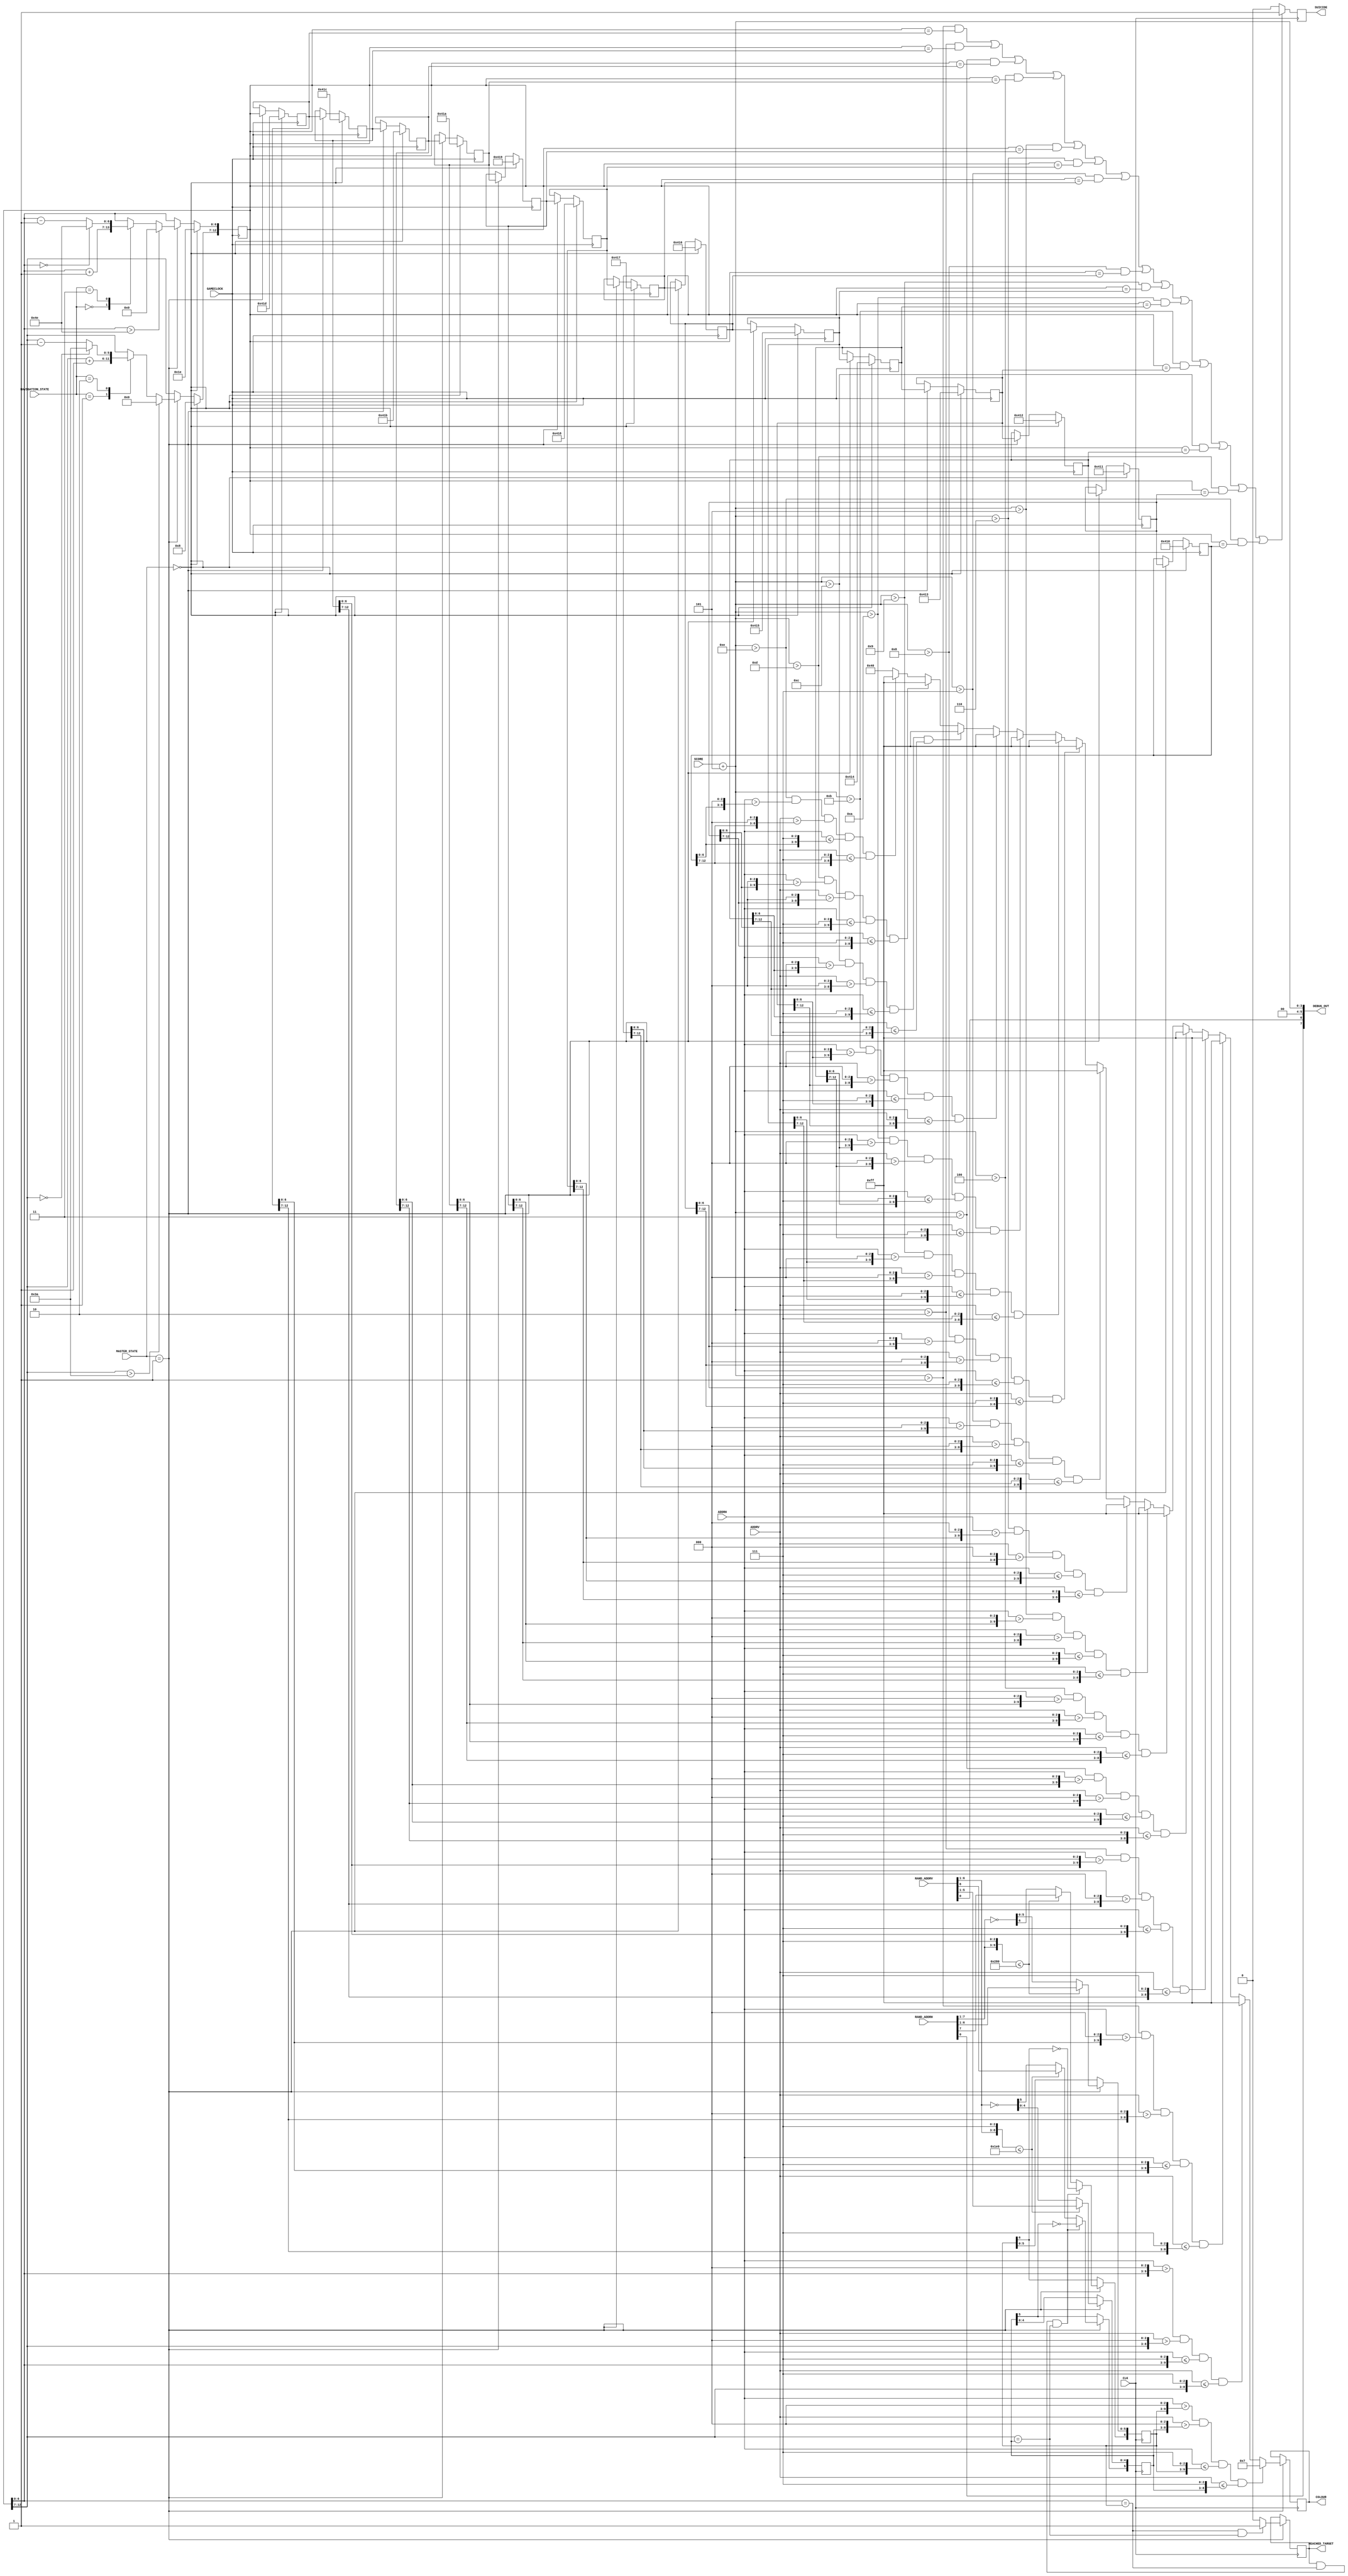
`timescale 1ns / 1ps
//////////////////////////////////////////////////////////////////////////////////
// Company: 
// Engineer: 
// 
// Design Name: 
// Module Name:    SnakeControl 
// Project Name: 
// Target Devices: 
// Tool versions: 
// Description: 
//
// Dependencies: 
//
// Revision: 
// Revision 0.01 - File Created
// Additional Comments: 
//
//////////////////////////////////////////////////////////////////////////////////
module SnakeControl(
	 input CLK,
	 input GAMECLOCK,
    input [9:0] ADDRH,
    input [8:0] ADDRV,
	 output reg [7:0] COLOUR,
	 output reg REACHED_TARGET,
	 input [1:0] MASTER_STATE,
	 input [1:0] NAVIGATION_STATE,
	 input [7:0] RAND_ADDRH,
	 input [6:0] RAND_ADDRV,
	 input [3:0] SCORE,
	 // this is true when the snake hits itself
	 output reg SUICIDE,
	 output [7:0] DEBUG_OUT
    );
	 
	 
	 // initial position in horizontal and vertical
	 // first 7 bits Horizontal, then 6 bits Vertical
	 
	 reg [6:0] ApplePositionH;
	 reg [5:0] ApplePositionV;
	 
	 reg [12:0] SnakePosition14 = {7'b0010000, 6'b010000};
	 reg [12:0] SnakePosition13 = {7'b0010000, 6'b010001};
	 reg [12:0] SnakePosition12 = {7'b0010000, 6'b010010};
	 reg [12:0] SnakePosition11 = {7'b0010000, 6'b010011};
	 reg [12:0] SnakePosition10 = {7'b0010000, 6'b010100};
	 reg [12:0] SnakePosition9 = {7'b0010000, 6'b010101};
	 reg [12:0] SnakePosition8 = {7'b0010000, 6'b010110};
	 reg [12:0] SnakePosition7 = {7'b0010000, 6'b010111};
	 reg [12:0] SnakePosition6 = {7'b0010000, 6'b011000};
	 reg [12:0] SnakePosition5 = {7'b0010000, 6'b011001};
	 reg [12:0] SnakePosition4 = {7'b0010000, 6'b011010};
	 reg [12:0] SnakePosition3 = {7'b0010000, 6'b011011};
	 reg [12:0] SnakePosition2 = {7'b0010000, 6'b011100};
	 reg [12:0] SnakePosition1 = {7'b0010000, 6'b011101};
	 reg [12:0] SnakePosition = {7'b0010000, 6'b011110};

	 wire [3:0] SNAKE_LEN;
	 assign SNAKE_LEN = SCORE +3'd5;
	  
	 assign DEBUG_OUT = {RAND_ADDRH[0], RAND_ADDRV[0], 2'b00, SNAKE_LEN};	
		
	 always@(posedge CLK) begin
	 if (MASTER_STATE == 1) begin
		//check if the apple would be outside the screen 
		if({RAND_ADDRH[7:1], 3'b111} <= 640)
			ApplePositionH <= RAND_ADDRH[7:1];
		else 
			ApplePositionH <= ~RAND_ADDRH[7:1];
		if({RAND_ADDRV[6:1], 3'b111} <= 480)
			ApplePositionV <= RAND_ADDRV[6:1];
		else 
			ApplePositionV <= ~RAND_ADDRV[6:1];
		// change the apples position if it would be on the head of the snake
		// but we just collected an apple on just this position:
		// change just a bit that causes the apple to go far away form the snake
		if(REACHED_TARGET && 
			SnakePosition[6:0] == ApplePositionH && 
			SnakePosition[12:7] == ApplePositionV) begin
				ApplePositionH[6] <= ~ApplePositionH[6];
				ApplePositionV[5] <= ~ApplePositionV[5];
		end
		// drawing the apple
		if(ADDRH > {ApplePositionH, 3'b000} && ADDRV > {ApplePositionV, 3'b000}
			&& ADDRH <= {ApplePositionH, 3'b111} &&  ADDRV <= {ApplePositionV, 3'b111})
				COLOUR <= 8'b00000111;
		// draw the snake's head
		else if (ADDRH > {SnakePosition[6:0], 3'b000} && ADDRV > {SnakePosition[12:7], 3'b000}
			&& ADDRH <= {SnakePosition[6:0], 3'b111} &&  ADDRV <= {SnakePosition[12:7], 3'b111})
			COLOUR <= 8'b11111111;
			
		// and its tail
		else if (SNAKE_LEN >1 && ADDRH > {SnakePosition1[6:0], 3'b000} && ADDRV > {SnakePosition1[12:7], 3'b000}
			&& ADDRH <= {SnakePosition1[6:0], 3'b111} &&  ADDRV <= {SnakePosition1[12:7], 3'b111})
			COLOUR <= 8'b11111111;
		else if (SNAKE_LEN >2 && ADDRH > {SnakePosition2[6:0], 3'b000} && ADDRV > {SnakePosition2[12:7], 3'b000}
			&& ADDRH <= {SnakePosition2[6:0], 3'b111} &&  ADDRV <= {SnakePosition2[12:7], 3'b111})
			COLOUR <= 8'b11111111;
		else if (SNAKE_LEN >3 && ADDRH > {SnakePosition3[6:0], 3'b000} && ADDRV > {SnakePosition3[12:7], 3'b000}
			&& ADDRH <= {SnakePosition3[6:0], 3'b111} &&  ADDRV <= {SnakePosition3[12:7], 3'b111})
			COLOUR <= 8'b11111111;
		else if (SNAKE_LEN >4 && ADDRH > {SnakePosition4[6:0], 3'b000} && ADDRV > {SnakePosition4[12:7], 3'b000}
			&& ADDRH <= {SnakePosition4[6:0], 3'b111} &&  ADDRV <= {SnakePosition4[12:7], 3'b111})
			COLOUR <= 8'b11111111;
		else if (SNAKE_LEN >5 && ADDRH > {SnakePosition5[6:0], 3'b000} && ADDRV > {SnakePosition5[12:7], 3'b000}
			&& ADDRH <= {SnakePosition5[6:0], 3'b111} &&  ADDRV <= {SnakePosition5[12:7], 3'b111})
			COLOUR <= 8'b11111111;
		else if (SNAKE_LEN >6 && ADDRH > {SnakePosition6[6:0], 3'b000} && ADDRV > {SnakePosition6[12:7], 3'b000}
			&& ADDRH <= {SnakePosition6[6:0], 3'b111} &&  ADDRV <= {SnakePosition6[12:7], 3'b111})
			COLOUR <= 8'b11111111;
		else if (SNAKE_LEN >7 && ADDRH > {SnakePosition7[6:0], 3'b000} && ADDRV > {SnakePosition7[12:7], 3'b000}
			&& ADDRH <= {SnakePosition7[6:0], 3'b111} &&  ADDRV <= {SnakePosition7[12:7], 3'b111})
			COLOUR <= 8'b11111111;
		else if (SNAKE_LEN >8 && ADDRH > {SnakePosition8[6:0], 3'b000} && ADDRV > {SnakePosition8[12:7], 3'b000}
			&& ADDRH <= {SnakePosition8[6:0], 3'b111} &&  ADDRV <= {SnakePosition8[12:7], 3'b111})
			COLOUR <= 8'b11111111;
		else if (SNAKE_LEN >9 && ADDRH > {SnakePosition9[6:0], 3'b000} && ADDRV > {SnakePosition9[12:7], 3'b000}
			&& ADDRH <= {SnakePosition9[6:0], 3'b111} &&  ADDRV <= {SnakePosition9[12:7], 3'b111})
			COLOUR <= 8'b11111111;
		else if (SNAKE_LEN >10 && ADDRH > {SnakePosition10[6:0], 3'b000} && ADDRV > {SnakePosition10[12:7], 3'b000}
			&& ADDRH <= {SnakePosition10[6:0], 3'b111} &&  ADDRV <= {SnakePosition10[12:7], 3'b111})
			COLOUR <= 8'b11111111;
		else if (SNAKE_LEN >11 && ADDRH > {SnakePosition11[6:0], 3'b000} && ADDRV > {SnakePosition11[12:7], 3'b000}
			&& ADDRH <= {SnakePosition11[6:0], 3'b111} &&  ADDRV <= {SnakePosition11[12:7], 3'b111})
			COLOUR <= 8'b11111111;
		else if (SNAKE_LEN >12 && ADDRH > {SnakePosition12[6:0], 3'b000} && ADDRV > {SnakePosition12[12:7], 3'b000}
			&& ADDRH <= {SnakePosition12[6:0], 3'b111} &&  ADDRV <= {SnakePosition12[12:7], 3'b111})
			COLOUR <= 8'b11111111;
		else if (SNAKE_LEN >13 && ADDRH > {SnakePosition13[6:0], 3'b000} && ADDRV > {SnakePosition13[12:7], 3'b000}
			&& ADDRH <= {SnakePosition13[6:0], 3'b111} &&  ADDRV <= {SnakePosition13[12:7], 3'b111})
			COLOUR <= 8'b11111111;
		else if (SNAKE_LEN >14 && ADDRH > {SnakePosition14[6:0], 3'b000} && ADDRV > {SnakePosition14[12:7], 3'b000}
			&& ADDRH <= {SnakePosition14[6:0], 3'b111} &&  ADDRV <= {SnakePosition14[12:7], 3'b111})
			COLOUR <= 8'b11111111;
		else
			COLOUR <= 8'b01000000;
			
		// checking if we hit an apple
		if(SnakePosition[6:0] == ApplePositionH && SnakePosition[12:7] == ApplePositionV)
			REACHED_TARGET <= 1;
		else
			REACHED_TARGET <= 0;
	  end
	  // check if the Snake hits itself
	  if(SNAKE_LEN > 1 && SnakePosition == SnakePosition1   || 
			SNAKE_LEN > 2 && SnakePosition == SnakePosition2   || 
			SNAKE_LEN > 3 && SnakePosition == SnakePosition3   || 
			SNAKE_LEN > 4 && SnakePosition == SnakePosition4   || 
			SNAKE_LEN > 5 && SnakePosition == SnakePosition5   ||
			SNAKE_LEN > 6 && SnakePosition == SnakePosition6   || 
			SNAKE_LEN > 7 && SnakePosition == SnakePosition7   ||
			SNAKE_LEN > 8 && SnakePosition == SnakePosition8   || 
			SNAKE_LEN > 9 && SnakePosition == SnakePosition9   ||
			SNAKE_LEN > 10 && SnakePosition == SnakePosition10 || 
			SNAKE_LEN > 11 && SnakePosition == SnakePosition11 ||
			SNAKE_LEN > 12 && SnakePosition == SnakePosition12 || 
			SNAKE_LEN > 13 && SnakePosition == SnakePosition13 ||
			SNAKE_LEN > 14 && SnakePosition == SnakePosition14)
			SUICIDE <= 1;
	  else
			SUICIDE <= 0;
	end
		
	always@(posedge GAMECLOCK) begin
		if(MASTER_STATE == 0) begin
			SnakePosition14 <= {7'b0010000, 6'b010000};
			SnakePosition13 <= {7'b0010000, 6'b010001};
			SnakePosition12 <= {7'b0010000, 6'b010010};
			SnakePosition11 <= {7'b0010000, 6'b010011};
			SnakePosition10 <= {7'b0010000, 6'b010100};
			SnakePosition9 <= {7'b0010000, 6'b010101};
			SnakePosition8 <= {7'b0010000, 6'b010110};
			SnakePosition7 <= {7'b0010000, 6'b010111};
			SnakePosition6 <= {7'b0010000, 6'b011000};
			SnakePosition5 <= {7'b0010000, 6'b011001};
			SnakePosition4 <= {7'b0010000, 6'b011010};
			SnakePosition3 <= {7'b0010000, 6'b011011};
			SnakePosition2 <= {7'b0010000, 6'b011100};
			SnakePosition1 <= {7'b0010000, 6'b011101};
			SnakePosition <= {7'b0010000, 6'b011110};
		end else if(MASTER_STATE == 1) begin
			//shift the snake register
			SnakePosition1 <= SnakePosition;
			SnakePosition2 <= SnakePosition1;
			SnakePosition3 <= SnakePosition2;
			SnakePosition4 <= SnakePosition3;
			SnakePosition5 <= SnakePosition4;
			SnakePosition6 <= SnakePosition5;
			SnakePosition7 <= SnakePosition6;
			SnakePosition8 <= SnakePosition7;
			SnakePosition9 <= SnakePosition8;
			SnakePosition10 <= SnakePosition9;
			SnakePosition11 <= SnakePosition10;
			SnakePosition12 <= SnakePosition11;
			SnakePosition13 <= SnakePosition12;
			SnakePosition14 <= SnakePosition13;
			
			// moving the snake
			case(NAVIGATION_STATE)
			2'b00: begin // the right direction
				SnakePosition[6:0] <= SnakePosition[6:0] + 1; // Plus in H
			end
			3'b01: begin // the down state
				SnakePosition[12:7] <= SnakePosition[12:7] + 1; // Plus in V
			end
			2'b10: begin // the up direction
				if(SnakePosition[12:7] == 0)
					SnakePosition[12:7] <= 58;
				else
					SnakePosition[12:7] <= SnakePosition[12:7] - 1; // Minus in V
			end
			2'b11: begin // the left state
				if(SnakePosition[6:0] == 0)
					SnakePosition[6:0] <= 78;
				else
					SnakePosition[6:0] <= SnakePosition[6:0] - 1; // Minus in H
			end
			endcase
			// prevent the snake from leaving the screen
			if(SnakePosition[6:0] > 78)
				SnakePosition[6:0] <= 0;
			if(SnakePosition[12:7] > 58)
				SnakePosition[12:7] <= 0;
		end
	 end
	 


endmodule